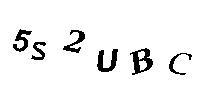
5S2UBC